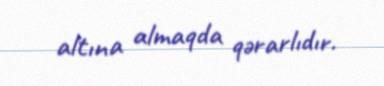
altına almaqda qərarlıdır.